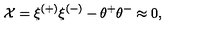
{ \cal X } = \xi ^ { ( + ) } \xi ^ { ( - ) } - \theta ^ { + } \theta ^ { - } \approx 0 ,